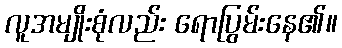
လူအမျိုးစုံလည်း ရောပြွမ်းနေ၏။